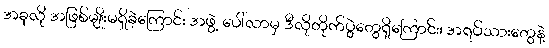
အခုလို အဖြစ်မျိုးမရှိခဲ့ကြောင်း အဖွဲ့ ပေါ်လာမှ ဒီလိုတိုက်ပွဲတွေရှိကြောင်း၊ အရပ်သားတွေနဲ့